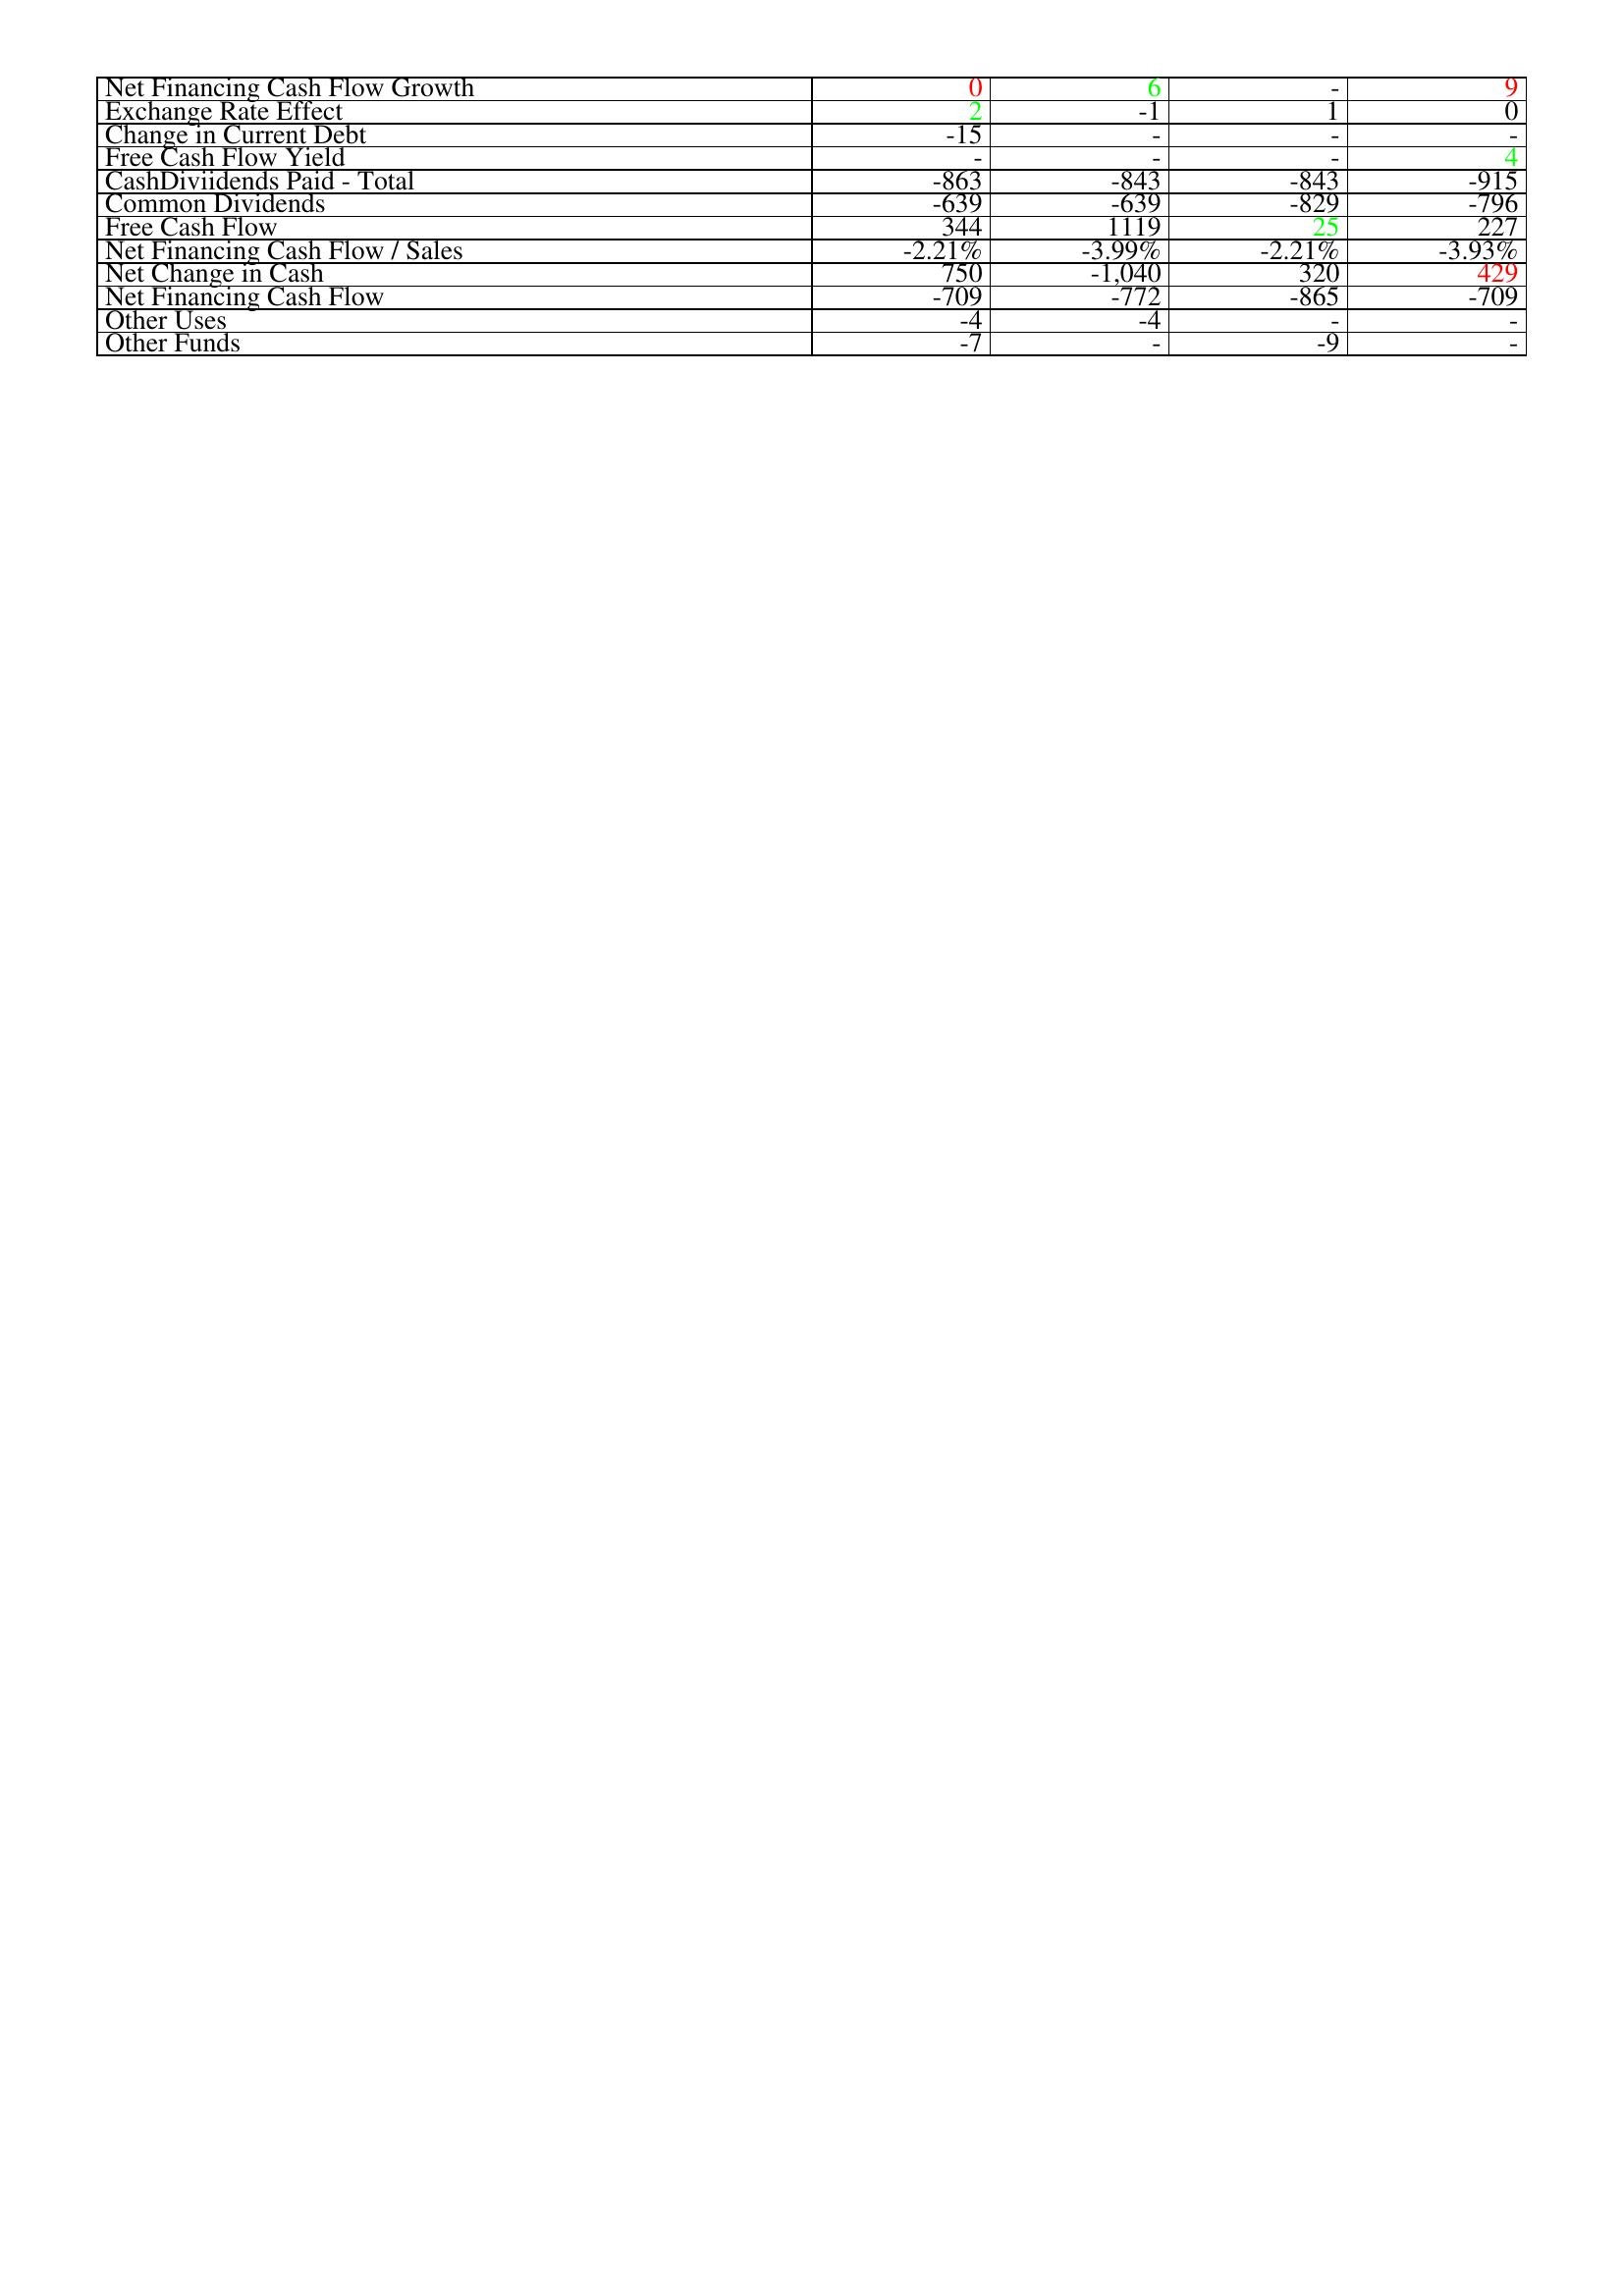
gt_parse: 2008: Financing Activities: Net Financing Cash Flow Growth: 0
Exchange Rate Effect: 2
Change in Current Debt: -15
Free Cash Flow Yield: -
CashDiviidends Paid - Total: -863
Common Dividends: -639
Free Cash Flow: 344
Net Financing Cash Flow / Sales: -2.21%
Net Change in Cash: 750
Net Financing Cash Flow: -709
Other Uses: -4
Other Funds: -7
2009: Financing Activities: Net Financing Cash Flow Growth: 6
Exchange Rate Effect: -1
Change in Current Debt: -
Free Cash Flow Yield: -
CashDiviidends Paid - Total: -843
Common Dividends: -639
Free Cash Flow: 1119
Net Financing Cash Flow / Sales: -3.99%
Net Change in Cash: -1,040
Net Financing Cash Flow: -772
Other Uses: -4
Other Funds: -
2010: Financing Activities: Net Financing Cash Flow Growth: -
Exchange Rate Effect: 1
Change in Current Debt: -
Free Cash Flow Yield: -
CashDiviidends Paid - Total: -843
Common Dividends: -829
Free Cash Flow: 25
Net Financing Cash Flow / Sales: -2.21%
Net Change in Cash: 320
Net Financing Cash Flow: -865
Other Uses: -
Other Funds: -9
2011: Financing Activities: Net Financing Cash Flow Growth: 9
Exchange Rate Effect: 0
Change in Current Debt: -
Free Cash Flow Yield: 4
CashDiviidends Paid - Total: -915
Common Dividends: -796
Free Cash Flow: 227
Net Financing Cash Flow / Sales: -3.93%
Net Change in Cash: 429
Net Financing Cash Flow: -709
Other Uses: -
Other Funds: -